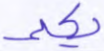
يكلمه